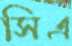
সিএ